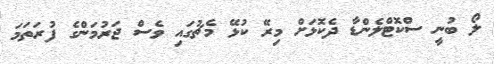
ލޯ ބުނީ ސްކޮޓްލެންޑާ ދެކޮޅަށް މިރޭ ކުޅޭ މެޗުގައި ވެސް ޖަރުމަންގެ ފުރަތަމަ